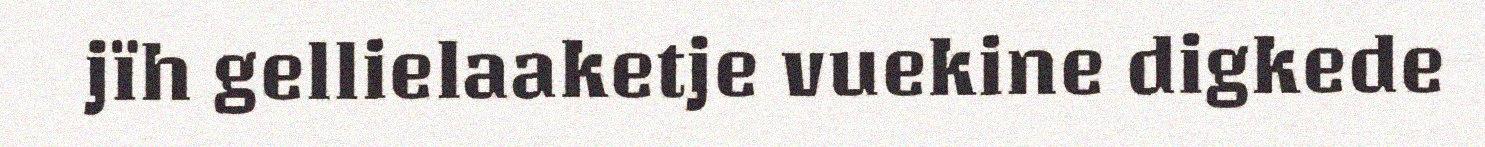
jïh gellielaaketje vuekine digkede